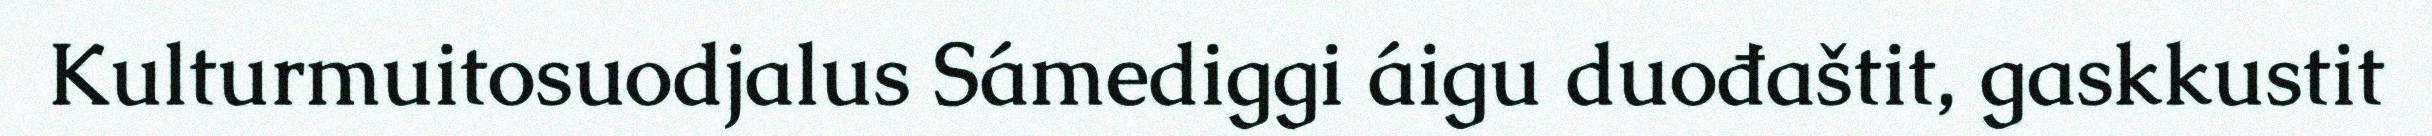
Kulturmuitosuodjalus Sámediggi áigu duođaštit, gaskkustit